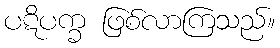
ပဋိပက္ခ ဖြစ်လာကြသည်။